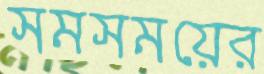
সমসময়ের